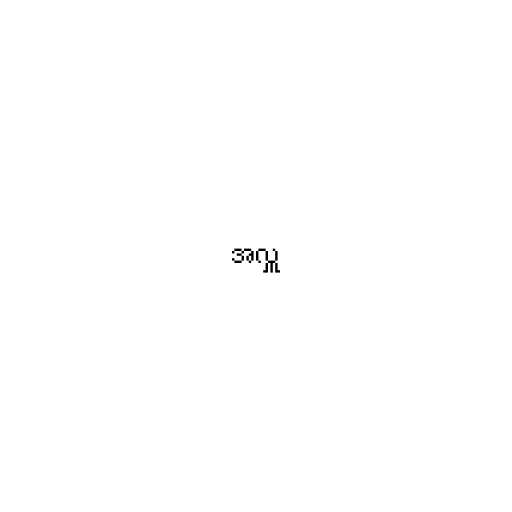
အလှူ